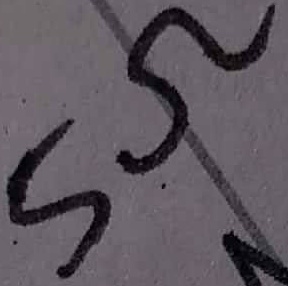
Text: 5Ω